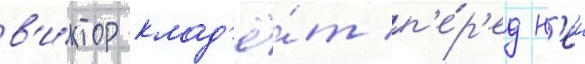
в'и́ктор клад'ё́т п'е́р'ед н'еи